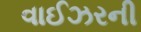
વાઈઝરની